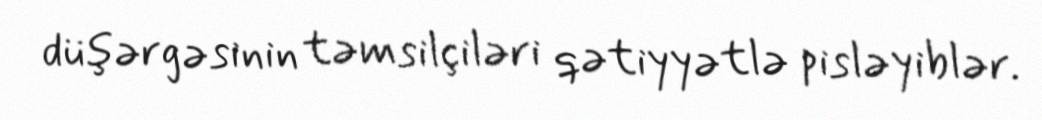
düşərgəsinin təmsilçiləri qətiyyətlə pisləyiblər.